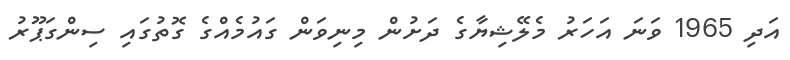
އަދި 1965 ވަނަ އަހަރު މެލޭޝިޔާގެ ދަށުން މިނިވަން ގައުމެއްގެ ގޮތުގައި ސިންގަޕޫރު